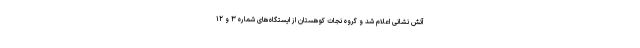
آتش نشانی اعلام شد و گروه نجات کوهستان از ایستگاه‌های شماره ۳ و ۱۲